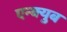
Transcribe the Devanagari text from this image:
एन्क्युब